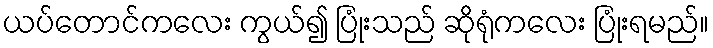
ယပ်တောင်ကလေး ကွယ်၍ ပြုံးသည် ဆိုရုံကလေး ပြုံးရမည်။